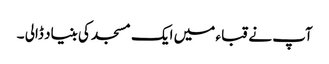
آپ نے قباء میں ایک مسجد کی بنیاد ڈالی ۔